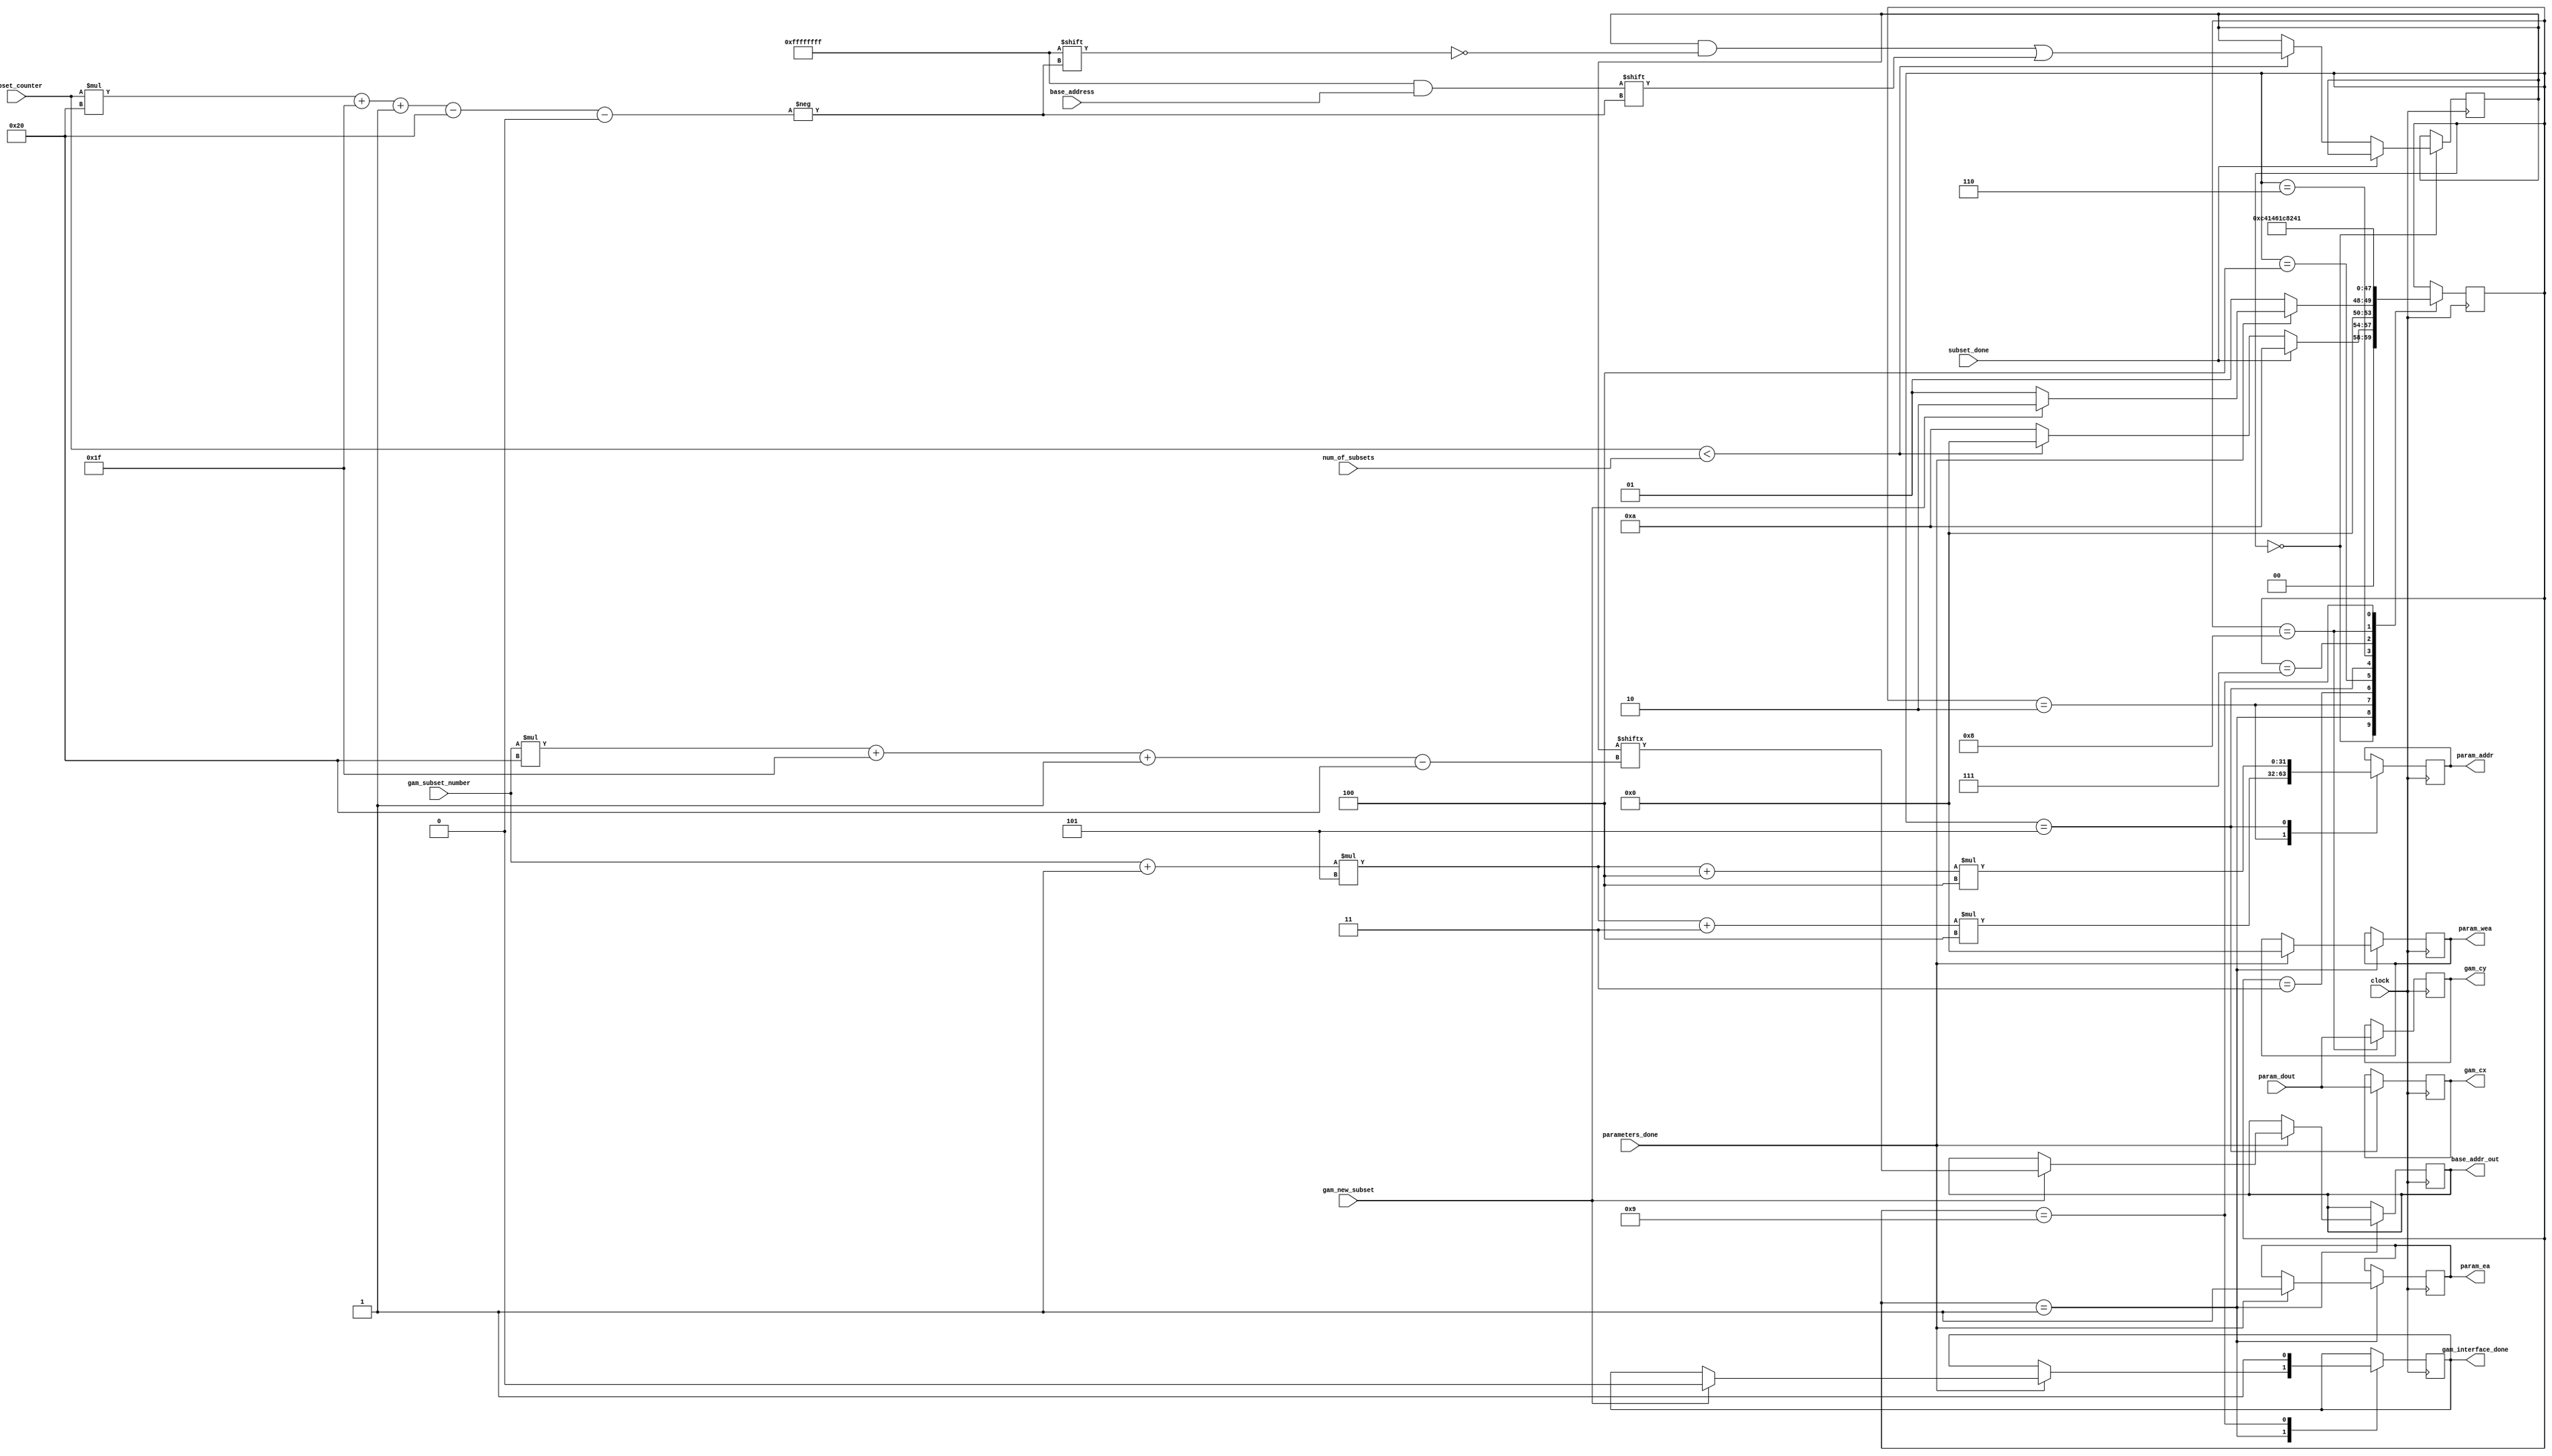
`timescale 1ns / 1ps

module gamma_interface(
    input clock,
    input gam_new_subset,
    input subset_done,
    input [31:0] num_of_subsets,
    input [31:0] subset_counter,
    input [31:0] gam_subset_number,
    input parameters_done,
    input [31:0] param_dout,
    input [31:0] base_address,
    output reg param_ea,
    output reg [3:0] param_wea,
    output reg [31:0] param_addr,
    output reg [31:0] gam_cx,
    output reg [31:0] gam_cy,
    output reg gam_interface_done = 1'b0,
    output reg [31:0] base_addr_out = 32'b0
);
    
    reg [5:0] state = 6'b000000;  
    reg [447:0] base_addr_reg = 448'b0;
    reg [31:0] subset_range = 32'b0;
    
    always @(posedge clock) 
    begin  
        case(state)
        'b000000:
        begin
            if(subset_done == 1'b0)
            begin
                // Read in and save the base address
                if(subset_counter < num_of_subsets)
                begin
                    subset_range = subset_counter * 32 + 31;
                    base_addr_reg[subset_range-:32] = base_address;
                    state = 6'b000000;
                end
                else
                begin
                    // Go to start state
                    state = 6'b001010;
                end
            end
            else
            begin
                // Subsets is done procesing, so we can start
                state = 6'b001010;
            end
        end
        'b001010:
        begin
            
        
        
        end    
        'b000001:
        begin
            if(parameters_done == 1'b1)
            begin
                param_ea = 1'b1;
                param_wea = 'b0;
                if(gam_new_subset == 1'b1)
                begin
                    gam_interface_done = 1'b0; 
                    subset_range = gam_subset_number * 32 + 31;
                    base_addr_out = base_addr_reg[subset_range-:32];
                    state = 'b000010;
                end
                else
                begin
                    state = 'b000001; //wait for a new_subset
                end
            end
            else
            begin
                state = 'b000001;  
            end
        end
        'b000010:
        begin 
            param_addr = ((((gam_subset_number + 1) * 5) + 3) * 4); //to read cx
            state = 'b000011;             
        end
        'b000011:
        begin
            state = 'b000100; 
        end
        'b000100:
        begin
            state = 'b000101;
        end
        'b000101:
        begin
            gam_cx = param_dout;
            param_addr = ((((gam_subset_number + 1) * 5) + 4) * 4); //to read cy
            state = 'b000110; 
        end
        'b000110:
        begin
            state = 'b000111; 
        end
        'b000111:
        begin
            state = 'b001000; 
        end
        'b001000:
        begin
            gam_cy = param_dout;
            state = 'b001001; 
        end            
        'b001001:
        begin
            gam_interface_done = 1'b1;
            state = 'b000001;
        end
        endcase
    end   
endmodule